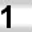
Digit: 1